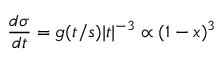
{ \frac { d \sigma } { d t } } = g ( t / s ) | t | ^ { - 3 } \propto ( 1 - x ) ^ { 3 }